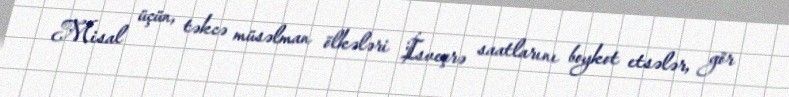
Misal üçün, təkcə müsəlman ölkələri İsveçrə saatlarını boykot etsələr, gör